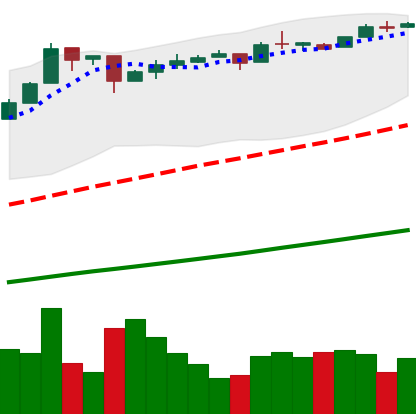
Ticker: BTC-USD
Chart end date: 2016-12-19
Forward return: 13.385%
Label: up_7plus